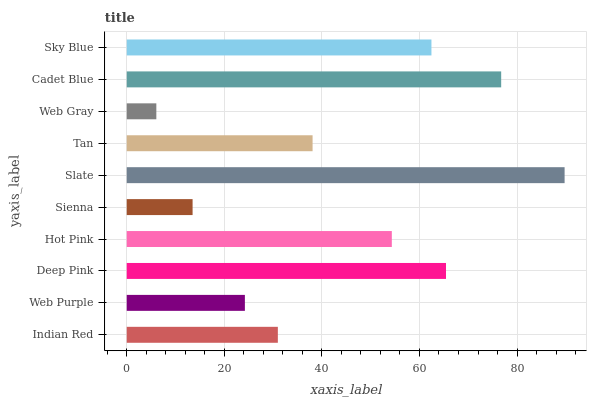
| yaxis_label | bars |
 | --- | --- |
 | Indian Red | 31 |
 | Web Purple | 24.2 |
 | Deep Pink | 65.4 |
 | Hot Pink | 54.3 |
 | Sienna | 13.5 |
 | Slate | 89.7 |
 | Tan | 38.1 |
 | Web Gray | 6.07 |
 | Cadet Blue | 76.7 |
 | Sky Blue | 62.5 |